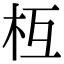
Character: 枑